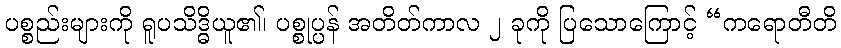
ပစ္စည်းများကို ရူပသိဒ္ဓိယူ၏၊ ပစ္စုပ္ပန် အတိတ်ကာလ ၂ ခုကို ပြသောကြောင့် “ကရောတီတိ